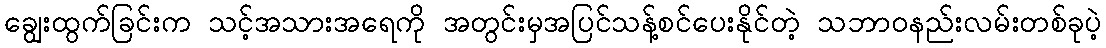
ချွေးထွက်ခြင်းက သင့်အသားအရေကို အတွင်းမှအပြင်သန့်စင်ပေးနိုင်တဲ့ သဘာဝနည်းလမ်းတစ်ခုပဲ့